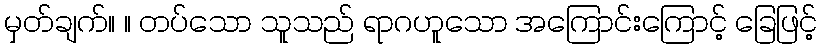
မှတ်ချက်။ ။ တပ်သော သူသည် ရာဂဟူသော အကြောင်းကြောင့် ခြေဖြင့်